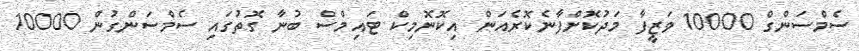
ސެމްސަންގް 10000 ވަޒީފާ މަދުކޮށްފާނެކޮރެއަން އިކޮނޮމިކް ޓައިމްސް ބުނާ ގޮތުގައި ސެމްސަންގުން 10000